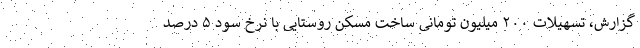
گزارش، تسهیلات ۲۰۰ میلیون تومانی ساخت مسکن روستایی با نرخ سود ۵ درصد